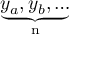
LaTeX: \underbrace { y _ { a } , y _ { b } , \ldots } _ { \mathrm { n } }